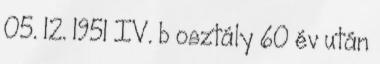
05. 12. 1951 IV. b osztály 60 év után